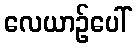
လေယာဉ်ပေါ်